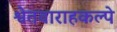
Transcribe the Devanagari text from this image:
श्वेतवाराहकल्पे